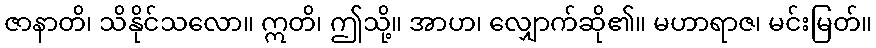
ဇာနာတိ၊ သိနိုင်သလော။ ဣတိ၊ ဤသို့။ အာဟ၊ လျှောက်ဆို၏။ မဟာရာဇ၊ မင်းမြတ်။